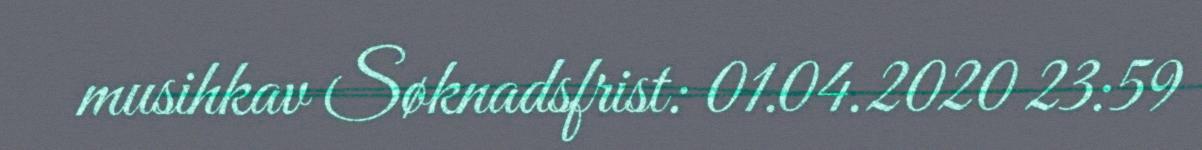
musihkav Søknadsfrist: 01.04.2020 23:59